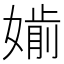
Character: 𡠡